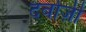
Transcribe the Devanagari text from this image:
दर्वाज़ी